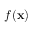
f ( \mathbf { x } )